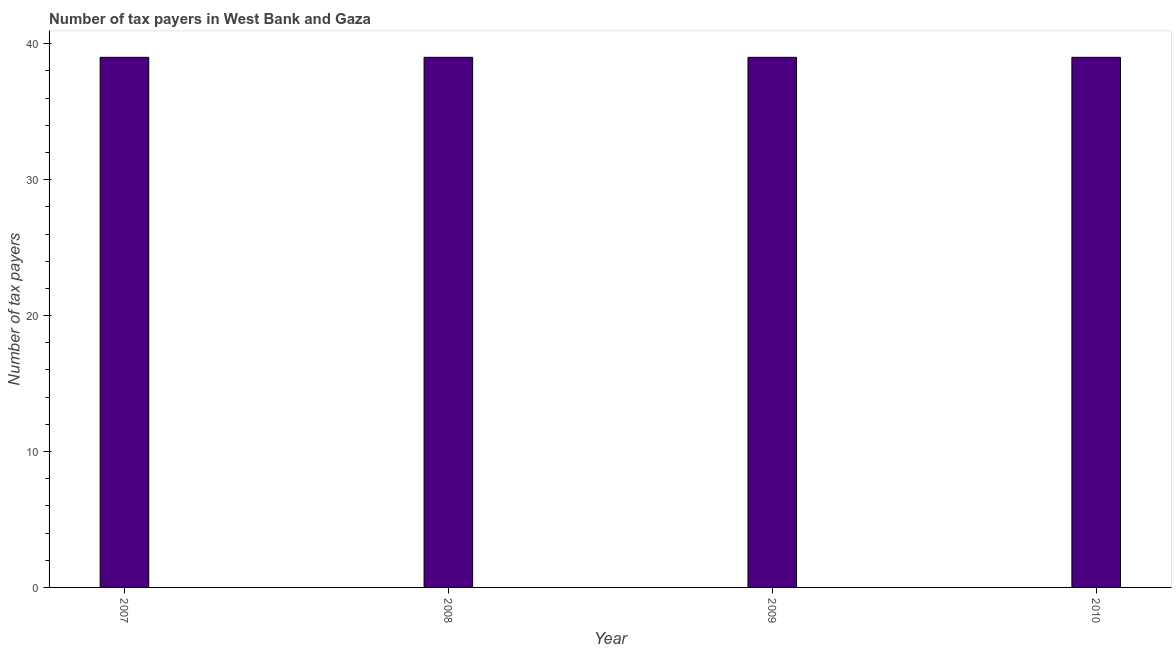
| Year | Tax payments |
 | --- | --- |
 | 2007 | 39 |
 | 2008 | 39 |
 | 2009 | 39 |
 | 2010 | 39 |